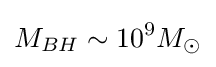
M_{BH}\sim 10^{9}M_{\odot }